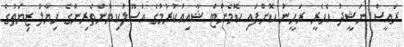
ރައީސް ނަޝީދު އެހެރީ ރަހީނު ކޮށްފައި ކޮމެންޓް ޝާއިއުކުރުމުގެ އުސޫލުކިޔުންތެރިންގެ ހިޔާލު ޒިޔަތުގެ